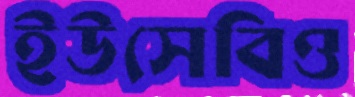
ইউসেবিও